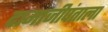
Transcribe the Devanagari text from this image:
दामाजीपंताला